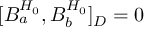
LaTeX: [ { \cal B } _ { a } ^ { H _ { 0 } } , { \cal B } _ { b } ^ { H _ { 0 } } ] _ { D } = 0